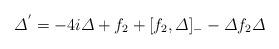
LaTeX: \begin{align*} \varDelta^{'} = -4i \varDelta + f_{2} + [ f_{2},\varDelta ]_{-} - \varDelta f_{2} \varDelta\end{align*}